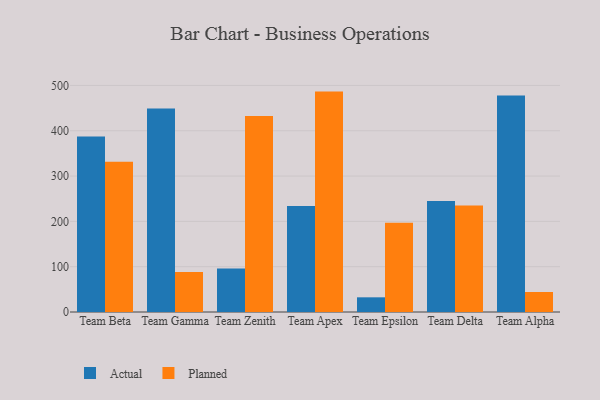
{"axis": {"x": "Team", "y": "Tickets Resolved"}, "legend": ["Actual", "Planned"], "data": [{"x": "Team Beta", "y": 387.2, "type": "Actual"}, {"x": "Team Beta", "y": 331.5, "type": "Planned"}, {"x": "Team Gamma", "y": 449.2, "type": "Actual"}, {"x": "Team Gamma", "y": 88.2, "type": "Planned"}, {"x": "Team Zenith", "y": 95.9, "type": "Actual"}, {"x": "Team Zenith", "y": 432.8, "type": "Planned"}, {"x": "Team Apex", "y": 233.9, "type": "Actual"}, {"x": "Team Apex", "y": 486.4, "type": "Planned"}, {"x": "Team Epsilon", "y": 32.4, "type": "Actual"}, {"x": "Team Epsilon", "y": 197.1, "type": "Planned"}, {"x": "Team Delta", "y": 244.7, "type": "Actual"}, {"x": "Team Delta", "y": 234.9, "type": "Planned"}, {"x": "Team Alpha", "y": 477.6, "type": "Actual"}, {"x": "Team Alpha", "y": 44.1, "type": "Planned"}]}